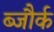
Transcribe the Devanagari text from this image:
ब्जौर्क